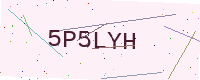
Text: 5P5LYH